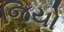
જિયો